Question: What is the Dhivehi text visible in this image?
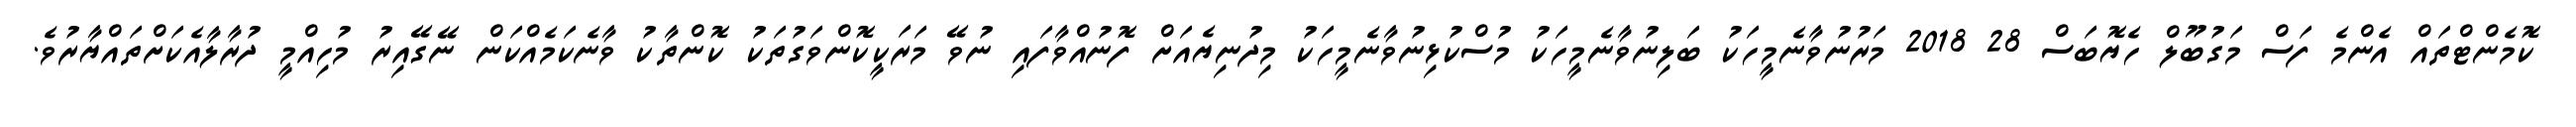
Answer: ކޮމެންޓްތައް އެންމެ ފަސް މަގުބޫލް ހެޔޮބަސް 28 2018 މަރުނުވާނެމީހަކު ބަލިނުވާނެމީހަކު މުސްކުޅިނުވާނެމީހަކު މިދުނިޔެއަށް ފޮނުއްވާފައި ނުވޭ މަރަކީކޮންވަގުތަކު ކޮންތާކު ވާނެކަމެއްކަން ނޭގޭއިރު މުހިއްމީ ދުރާލާއެކަށްތައްޔާރުވެ.